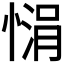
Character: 𪬙